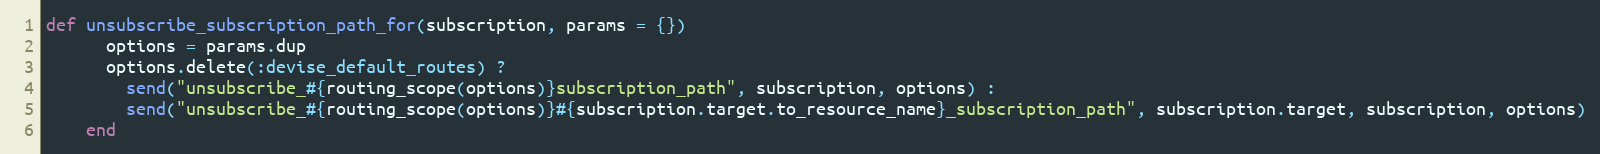
Language: Ruby
def unsubscribe_subscription_path_for(subscription, params = {})
      options = params.dup
      options.delete(:devise_default_routes) ?
        send("unsubscribe_#{routing_scope(options)}subscription_path", subscription, options) :
        send("unsubscribe_#{routing_scope(options)}#{subscription.target.to_resource_name}_subscription_path", subscription.target, subscription, options)
    end